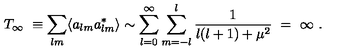
T _ { \infty } \ \equiv \sum _ { l m } \langle a _ { l m } a _ { l m } ^ { * } \rangle \sim \sum _ { l = 0 } ^ { \infty } \sum _ { m = - l } ^ { l } \frac { 1 } { l ( l + 1 ) + \mu ^ { 2 } } \ = \ \infty \ .